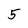
Character: 5